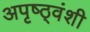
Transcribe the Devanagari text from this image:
अपृष्ठ्वंशी